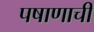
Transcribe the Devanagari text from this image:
पषाणाची